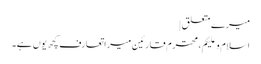
میرے متعلق |
اسلام و علیکم، محترم قارئین میرا تعارف کچھ یوں ہے۔